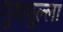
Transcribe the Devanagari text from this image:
गुशमुल्ला